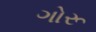
ગોરૂ